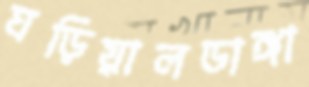
ঘড়িয়ালডাঙ্গা